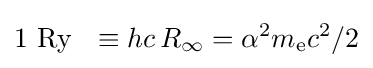
1\ {\text{Ry}}~~\equiv hc\,R_{\infty }=\alpha ^{2}m_{\text{e}}c^{2}/2